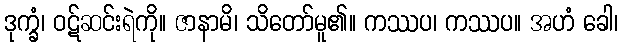
ဒုက္ခံ၊ ဝဋ်ဆင်းရဲကို။ ဇာနာမိ၊ သိတော်မူ၏။ ကဿပ၊ ကဿပ။ အဟံ ခေါ၊